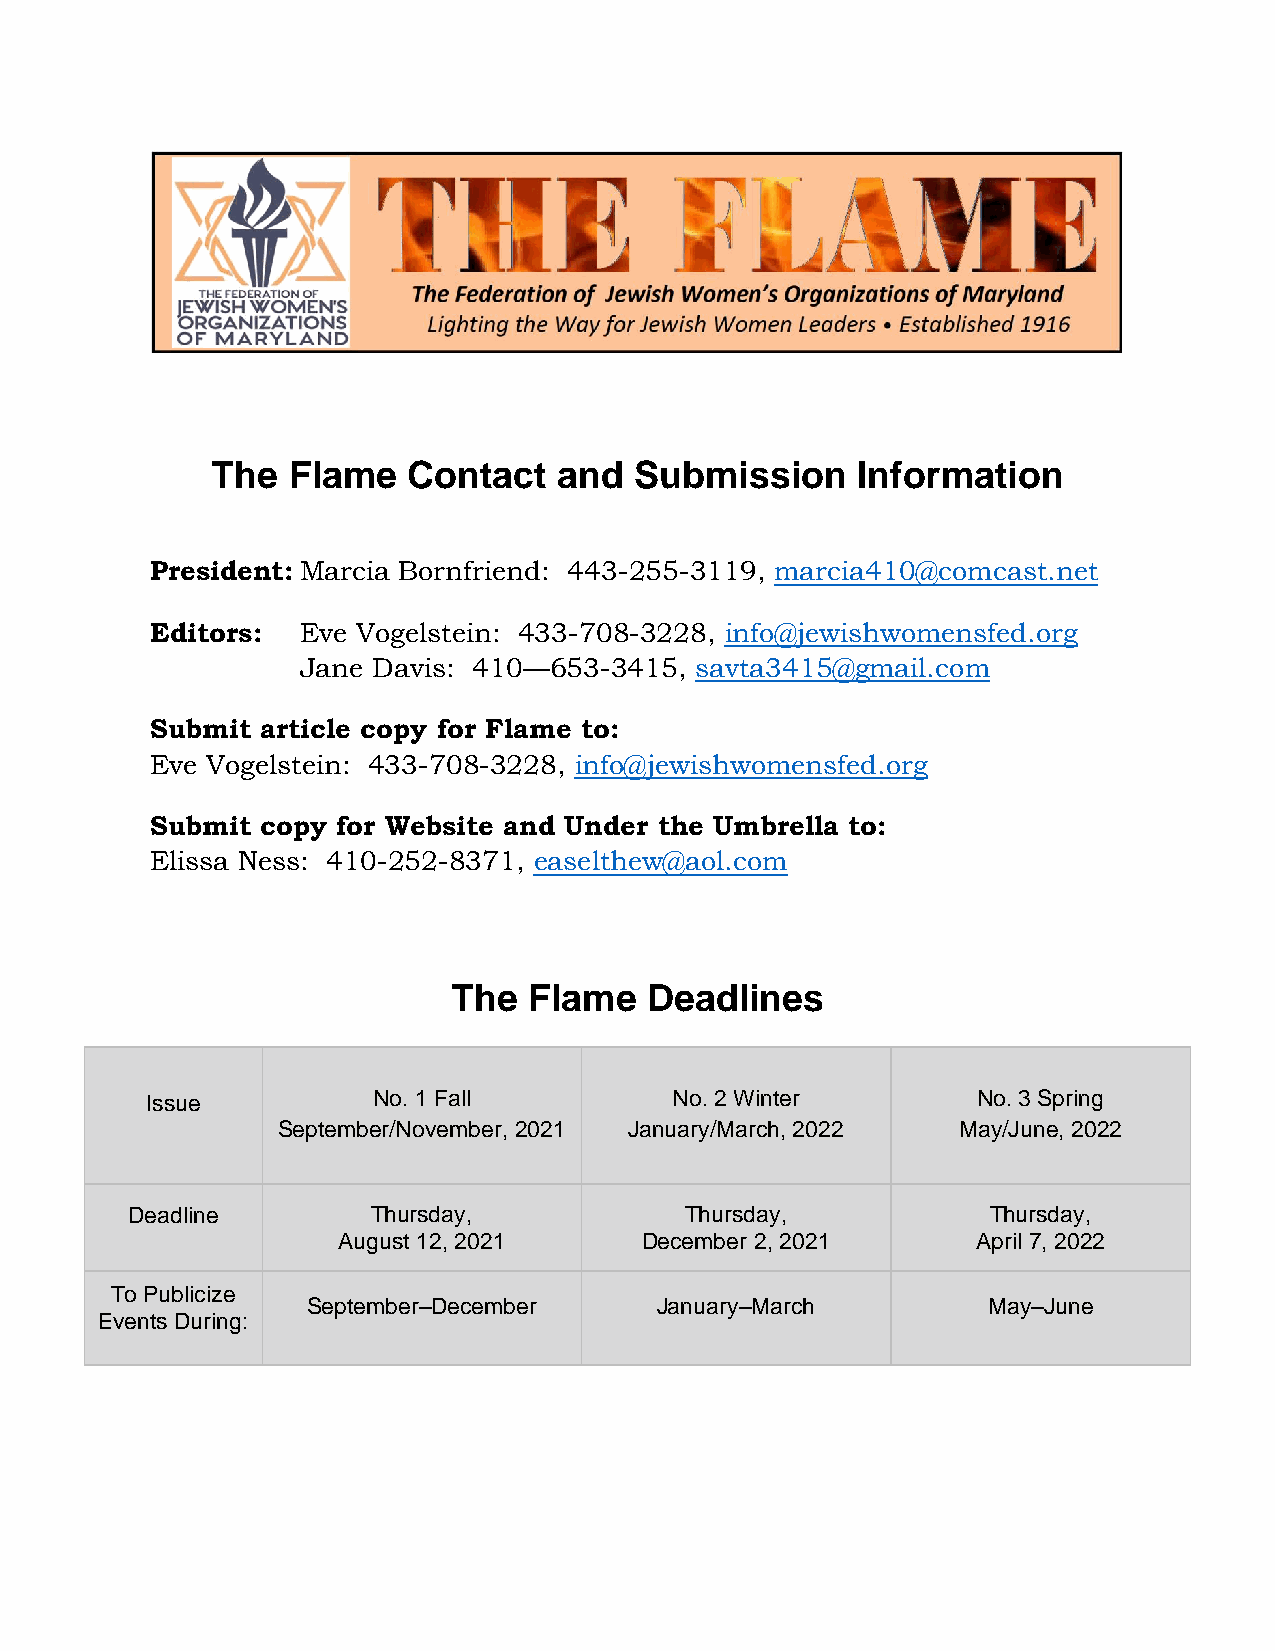
The  Flame   Contact   and  Submission     Information
 President: Marcia Bornfriend: 443-255-3119, marcia410@comcast.net
 Editors:  Eve Vogelstein: 433-708-3228, info@jewishwomensfed.org
 Jane Davis: 410—653-3415, savta3415@gmail.com
 Submit article copy for Flame to:
 Eve Vogelstein: 433-708-3228, info@jewishwomensfed.org
 Submit copy for Website and Under the Umbrella to:
 Elissa Ness: 410-252-8371, easelthew@aol.com
 The  Flame   Deadlines
 Issue          No. 1 Fall          No. 2 Winter        No. 3 Spring
 September/November, 2021 January/March, 2022 May/June, 2022
 Deadline         Thursday,           Thursday,            Thursday,
 August 12, 2021     December 2, 2021       April 7, 2022
 To Publicize
 September–December     January–March         May–June
 Events During: